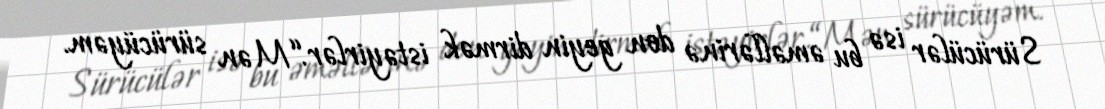
Sürücülər isə bu əməllərinə don geyin dirmək istəyirlər.“Mən sürücüyəm.